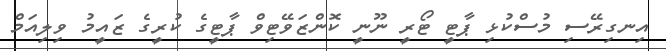
އިނގިރޭސި މުސްކުޅި ޕާޓީ ޓޯރީ ނޫނީ ކޮންޒަވޭޓިވް ޕާޓީގެ ކުރީގެ ޒައީމު ވިލިއަމް